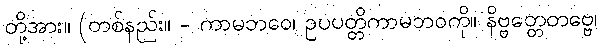
တို့အား။ (တစ်နည်း။ - ကာမဘဝေ၊ ဥပပတ္တိကာမဘဝကို။ နိဗ္ဗတ္တေတဗ္ဗေ၊